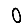
Digit: 0